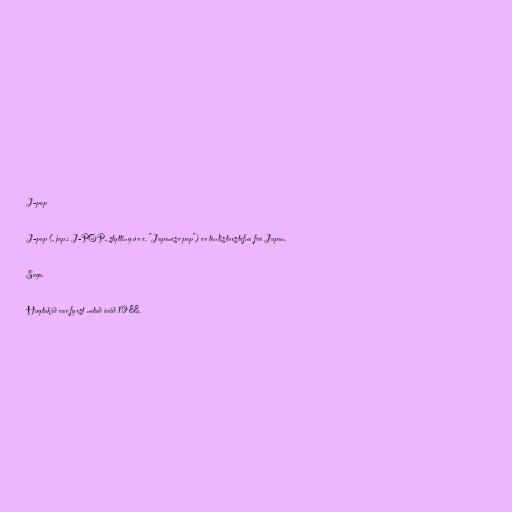
J-pop

J-pop (, jap.: J-POP, stytting úr e. "Japanese pop") er tónlistarstefna frá Japan.

Saga.

Hugtakið var fyrst notað árið 1988.